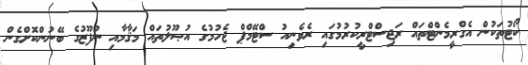
ކޯޓުތަކުން އެގްރީމެންޓްތައް ރަޖިސްޓްރީކުރުމުގައި ރެވެނިއު ސްޓޭމްޕް ޖެހުމުގެ އުޞޫލުތައް މަޤާމާއި ނުފޫޒުގެ ބޭނުންކޮށްގެން